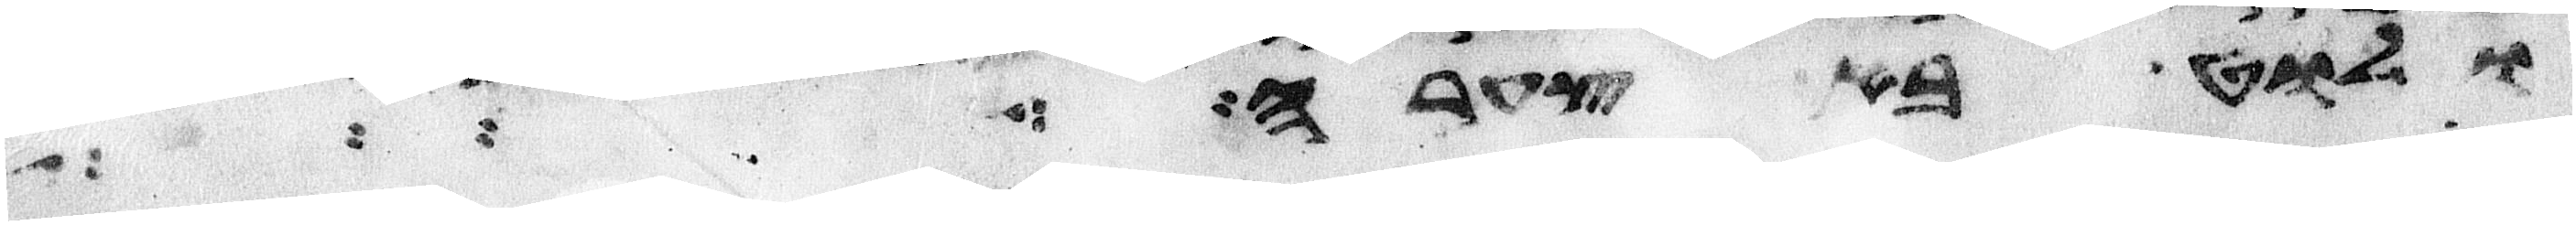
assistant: ולוט בא צערה